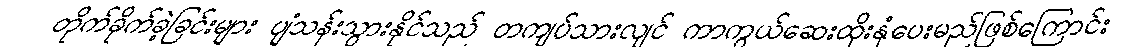
တိုက်ခိုက်ခဲ့ခြင်းများ ပျံသန်းသွားနိုင်သည် တကျပ်သားလျင် ကာကွယ်ဆေးထိုးနှံပေးမည်ဖြစ်ကြောင်း